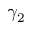
\gamma _ { 2 }